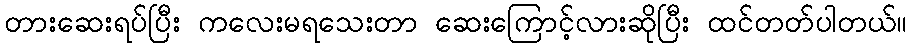
တားဆေးရပ်ပြီး ကလေးမရသေးတာ ဆေးကြောင့်လားဆိုပြီး ထင်တတ်ပါတယ်။